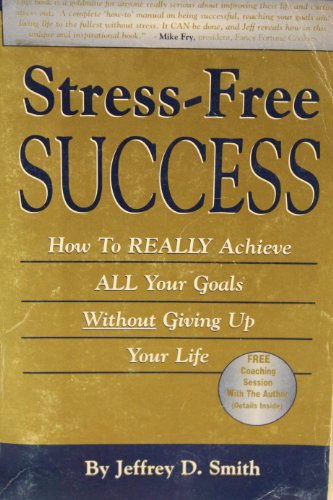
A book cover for Stress-Free Success: How to Really Achieve All Your Goals Without Giving Up Your Life; Jeffrey D. Smith; Business & Money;